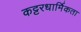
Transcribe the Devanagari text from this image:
कट्टरधार्मिकता